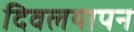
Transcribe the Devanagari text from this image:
दिवलयापन